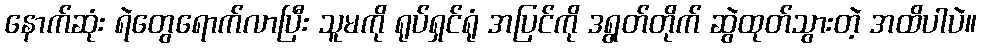
နောက်ဆုံး ရဲတွေရောက်လာပြီး သူမကို ရုပ်ရှင်ရုံ အပြင်ကို ဒရွတ်တိုက် ဆွဲထုတ်သွားတဲ့ အထိပါပဲ။